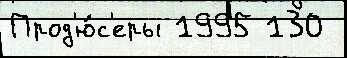
Прод'ю́с'еры 1995 130